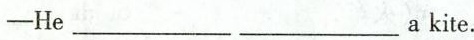
——He___a kite.